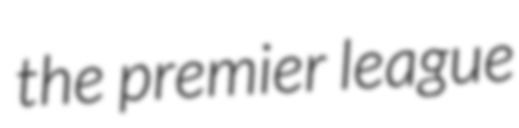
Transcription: the premier league